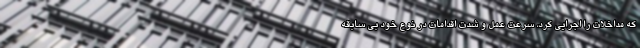
که مداخلات را اجرایی کرد، سرعت عمل و شدت اقدامات در نوع خود بی سابقه